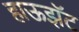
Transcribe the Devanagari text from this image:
हाऊझॅट